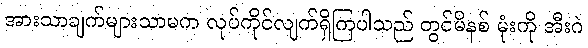
အားသာချက်များသာမက လုပ်ကိုင်လျက်ရှိကြပါသည် တွင်မိနစ် မုံးကို အီးဂဲ